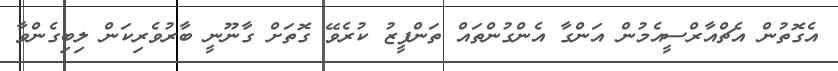
އެގޮތުން އެޗްއާރްސީއެމުން އަންގާ އެންގުންތައް ތަންފީޒު ކުރެވޭ ގޮތަށް ގާނޫނީ ބާރުވެރިކަން ލިބިގެންވާ